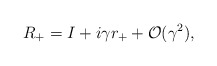
\begin{align*}R_+ = I + i \gamma r_+ + {\cal O}(\gamma^2),\end{align*}